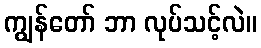
ကျွန်တော် ဘာ လုပ်သင့်လဲ။